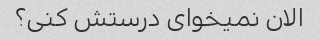
الان نمیخوای درستش کنی؟